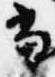
当